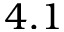
4 . 1